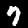
Label: 7